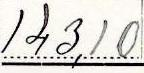
143,10